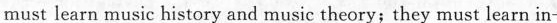
must learn music history and music theory; they must learn in-